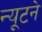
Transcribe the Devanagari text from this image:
न्यूटने